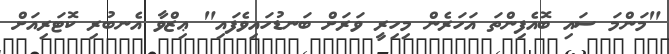
"މަންމަ ސައި ބޮއެފިންތަ އަހަރެން މިހިރީ ވަރަށް ބަނޑުހައިވެފައި" ޢިޒްވާ އެނބުރި ކޮޓަރިއަށް